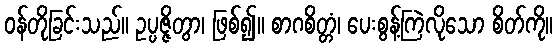
ဝန်တိုခြင်းသည်။ ဥပ္ပဇ္ဇိတွာ၊ ဖြစ်၍။ စာဂစိတ္တံ၊ ပေးစွန့်ကြဲလိုသော စိတ်ကို။